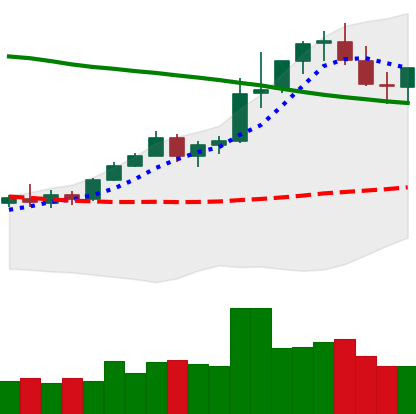
Ticker: TRX-USD
Chart end date: 2021-08-19
Forward return: -4.067%
Label: down_3_5